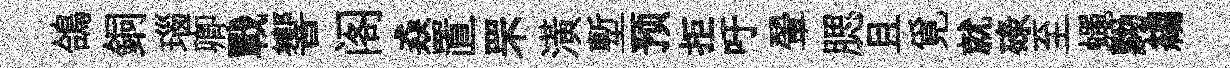
鴿銅瑙卿戰響阁猋置罘潢塹预拒吁翬腮且覓就碌至蠅黝縐